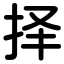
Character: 择